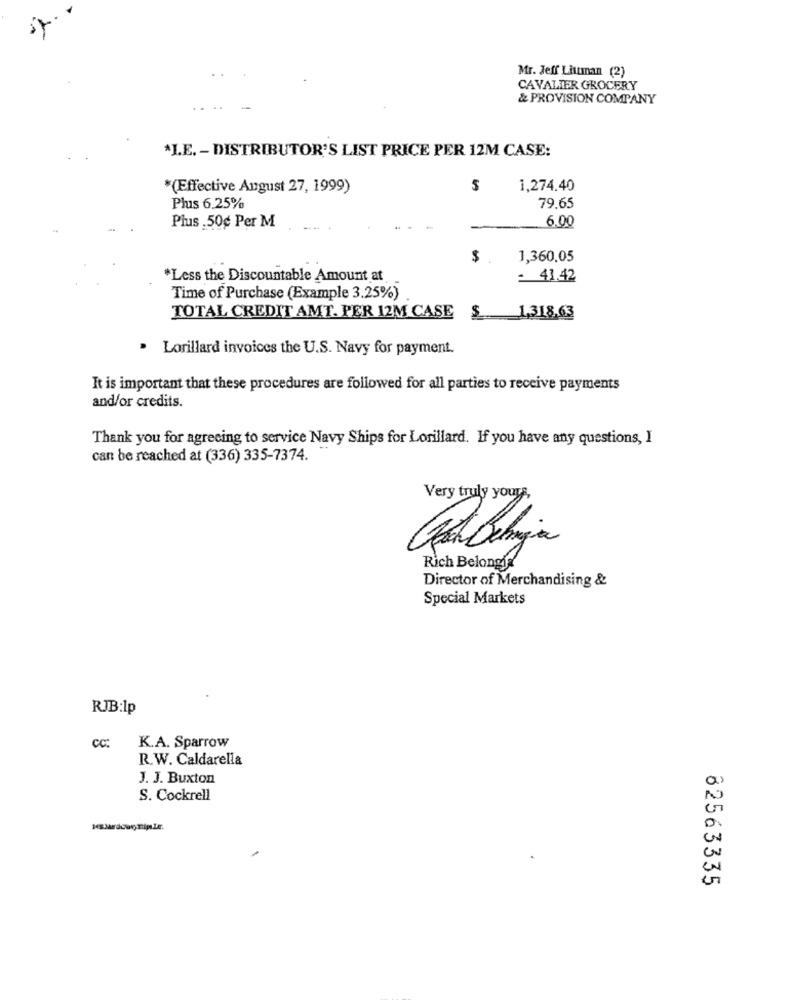
Mr. Jeff Littman (2)
CAVALIER GROCERY
& PROVISION COMPANY
*LE. - DISTRIBUTOR'S LIST PRICE PER 12M CASE:
*(Effective August 27, 1999)
1,274.40
Plus 6.25%
79,65
Plus 50¢ Per M
.-
6.00
$ .
1,360.05
*Less the Discountable Amount at
= 41.42
Time of Purchase (Example 3.25%)
TOTAL CREDIT AMT. PER 12M CASE
$ 1,318,63
· Lorillard invoices the U.S. Navy for payment.
It is important that these procedures are followed for all parties to receive payments
and/or credits.
Thank you for agreeing to service Navy Ships for Lorillard. If you have any questions, I
can be reached at (336) 335-7374.
Very truly yours,
Rich Belongis
Director of Merchandising &
Special Markets
RJB:lp
cc:
K.A. Sparrow
R.W. Caldarella
J. J. Buxton
S. Cockrell
82563335